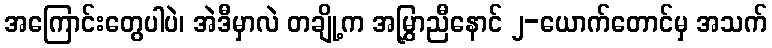
အကြောင်းတွေပါပဲ၊ အဲဒီမှာလဲ တချို့က အမြွှာညီနောင် ၂-ယောက်တောင်မှ အသက်